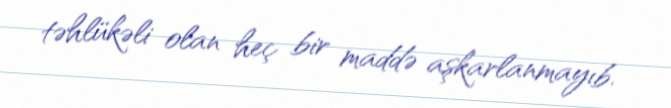
təhlükəli olan heç bir maddə aşkarlanmayıb.